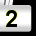
Digit: 2